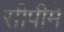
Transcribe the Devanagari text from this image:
सीपीमें